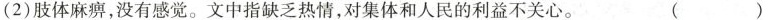
(2)肢体麻痹，没有感觉。文中指缺乏热情，对集体和人民的利益不关心。 ( )